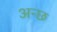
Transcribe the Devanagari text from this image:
अन्छ